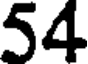
54